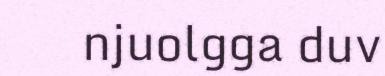
njuolgga duv